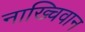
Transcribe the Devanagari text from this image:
नाख्चिवान